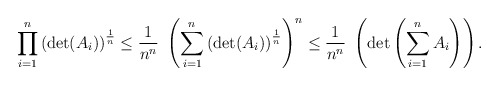
\begin{align*} \prod_{i=1}^{ n} \left( \det (A_i ) \right) ^\frac{1}{n} \leq \frac{1}{n^n} \ \left(\sum_{i=1}^n \left(\det(A_i)\right)^\frac{1}{n}\right)^n \leq \frac{1}{n^n} \ \left( \det \left( \sum_{i=1}^n A_i \right) \right).\end{align*}